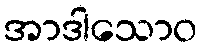
အာဒါသောဝ